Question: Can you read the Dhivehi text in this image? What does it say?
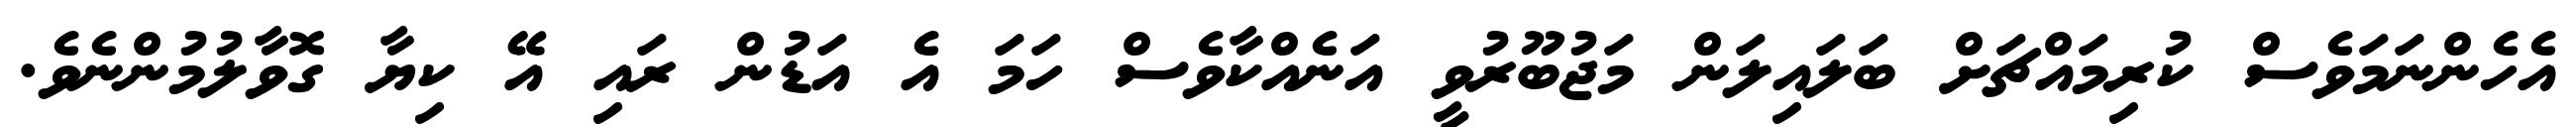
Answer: އެހެންނަމަވެސް ކުރިމައްޗަށް ބަލައިލަން މަޖުބޫރުވީ އަނެއްކާވެސް ހަމަ އެ އަޑުން ރައި އޭ ކިޔާ ގޮވާލުމުންނެވެ.